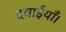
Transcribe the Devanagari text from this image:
दवाईयाँ।